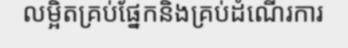
លម្អិតគ្រប់ផ្នែកនិងគ្រប់ដំណើរការ